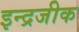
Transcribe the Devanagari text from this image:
इन्द्रजीक